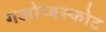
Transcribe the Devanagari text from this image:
गओप्यस्फोट